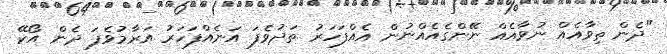
"ދެން ތިވާއެއް ނުވާއެއް ނޭންގެއެއްނުން އެއްފަހަރު ތަދުވެފަ އަނެއްފަހަރު އަރާމުވެފަ ދެން އޯކޭ